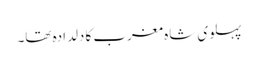
پہلوی شاہ مغرب کا دلدادہ تھا۔